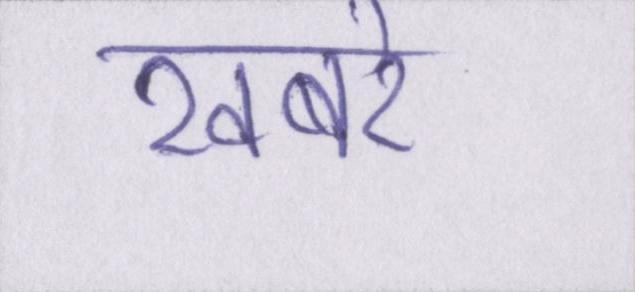
खबरे